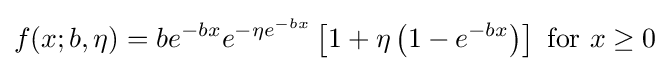
f(x;b,\eta )=be^{-bx}e^{-\eta e^{-bx}}\left[1+\eta \left(1-e^{-bx}\right)\right]{\text{ for }}x\geq 0